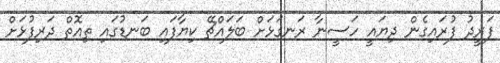
ފަރީދު ފުރައިގެން ދިޔައީ ހަސީނާ ރަނގަޅަށް ބަލައްޗޭ ކިޔާފައި ބަނޑުގައި ތިއޮތް ދަރިފުޅަށް